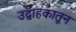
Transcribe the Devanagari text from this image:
उद्वाहकातून